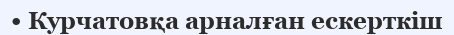
• Курчатовқа арналған ескерткіш